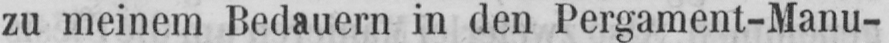
zu meinem Bedauern in den Pergament-Manu-